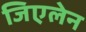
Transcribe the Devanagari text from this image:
जिएलेन